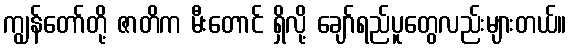
ကျွန်တော်တို့ ဇာတိက မီးတောင် ရှိလို့ ချော်ရည်ပူတွေလည်းများတယ်။